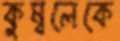
কুম্বলেকে